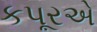
કપૂરએ